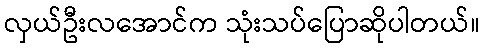
လှယ်ဦးလအောင်က သုံးသပ်ပြောဆိုပါတယ်။